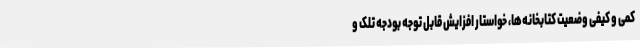
کمی و کیفی وضعیت کتابخانه‌ها، خواستار افزایش قابل توجه بودجه تلک و